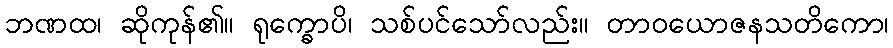
ဘဏထ၊ ဆိုကုန်၏။ ရုက္ခောပိ၊ သစ်ပင်သော်လည်း။ တာဝယောဇနသတိကော၊